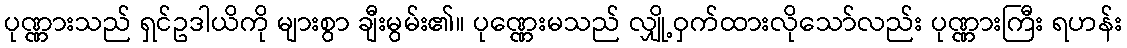
ပုဏ္ဏားသည် ရှင်ဥဒါယိကို များစွာ ချီးမွမ်း၏။ ပုဏ္ဏေးမသည် လျှို့ဝှက်ထားလိုသော်လည်း ပုဏ္ဏားကြီး ရဟန်း